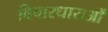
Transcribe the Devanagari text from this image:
विचारधाराओँ